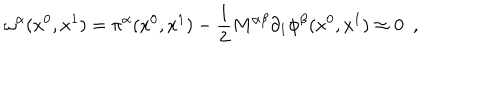
LaTeX: \omega ^ { \alpha } ( x ^ { 0 } , x ^ { 1 } ) = \pi ^ { \alpha } ( x ^ { 0 } , x ^ { 1 } ) - \frac { 1 } { 2 } M ^ { \alpha \beta } \partial _ { 1 } \phi ^ { \beta } ( x ^ { 0 } , x ^ { 1 } ) \approx 0 \, \, \, ,